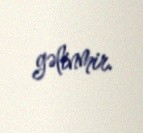
gəlinmir.